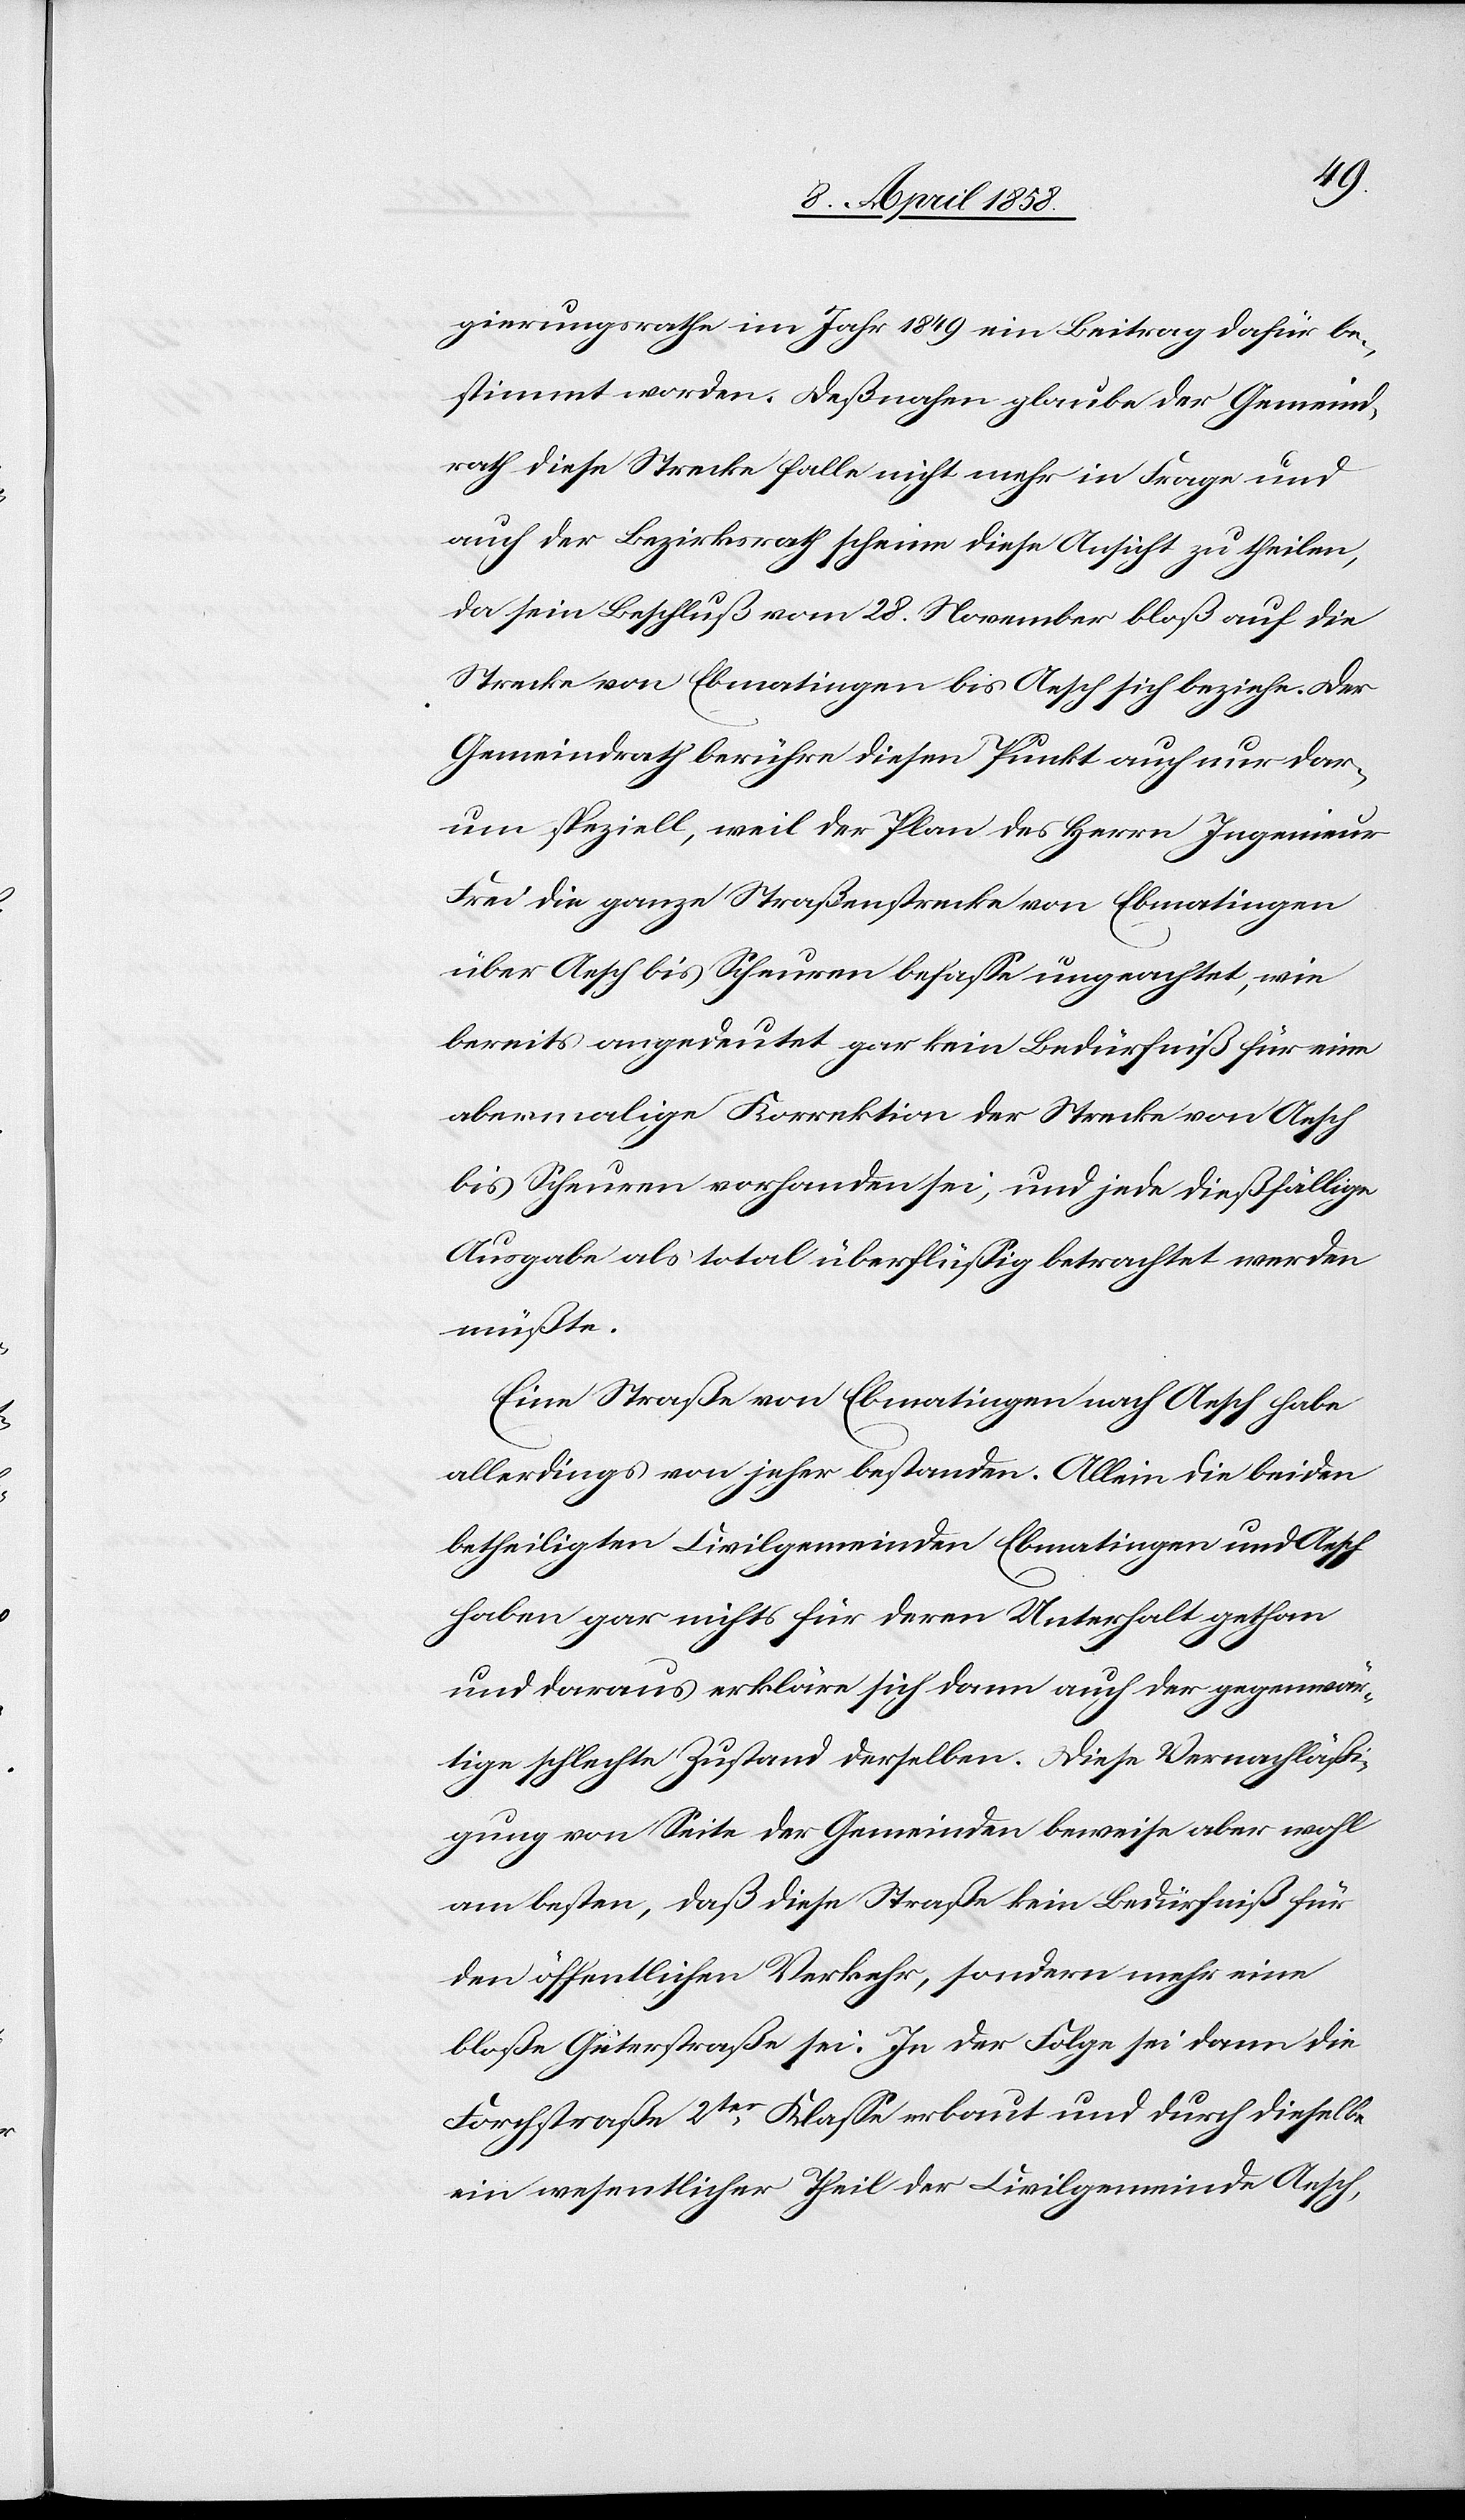
gierungsrathe im Jahr 1849 ein Beitrag dafür be¬
stimmt worden. Deßnahen glaube der Gemeind¬
rath diese Strecke falle nicht mehr in Frage und
auch der Bezirksrath scheine diese Ansicht zu theilen,
da sein Beschluß vom 28. November bloß auf die
Strecke von Ebmatingen bis Aesch sich beziehe. Der
Gemeindrath berühre diesen Punkt auch nur dar¬
um speziell, weil der Plan des Herrn Ingenieur
Frei die ganze Straßenstrecke von Ebmatingen
über Aesch bis Scheuren befasse ungeachtet, wie
bereits angedeutet gar kein Bedürfniß für eine
abermalige Korrektion der Strecke von Aesch
bis Scheuren vorhanden sei, und jede dießfällige
Ausgabe als total überflüssig betrachtet werden
müßte.
Eine Straße von Ebmatingen nach Aesch habe
allerdings von jeher bestanden. Allein die beiden
betheiligten Civilgemeinden Ebmatingen und Aesch
haben gar nichts für deren Unterhalt gethan
und daraus erkläre sich dann auch der gegenwär¬
tige schlechte Zustand derselben. Diese Vernachläßi¬
gung von Seite der Gemeinde beweise aber wohl
am besten, daß diese Straße kein Bedürfniß für
den öffentlichen Verkehr, sondern mehr eine
bloße Güterstraße sei. In der Folge sei dann die
Forchstraße 2ter Klasse erbaut und durch dieselbe
ein wesentlicher Theil der Civilgemeinde Aesch,